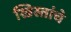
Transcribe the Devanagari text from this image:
ख्रिस्तांचे